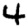
Digit: 4